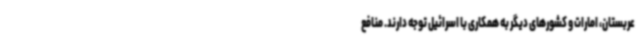
عربستان، امارات و کشورهای دیگر به همکاری با اسرائیل توجه دارند. منافع